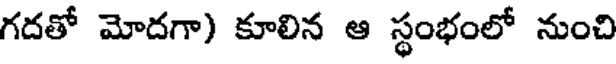
గదతో మోదగా) కూలిన ఆ స్థంభంలో నుంచి